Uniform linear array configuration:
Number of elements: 12
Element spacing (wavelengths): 0.25
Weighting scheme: uniform
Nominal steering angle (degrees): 30
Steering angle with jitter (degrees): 28.747
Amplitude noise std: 0.05
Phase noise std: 0.05

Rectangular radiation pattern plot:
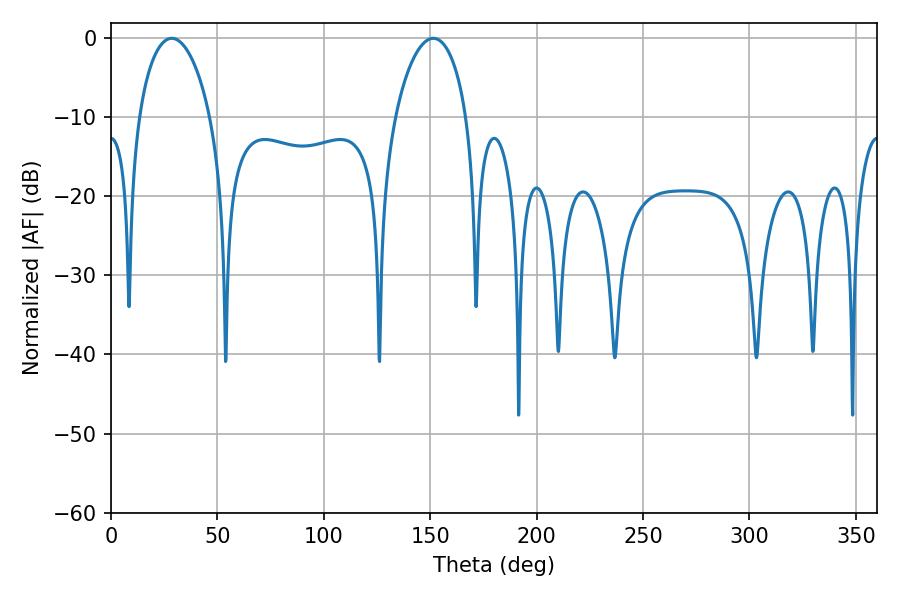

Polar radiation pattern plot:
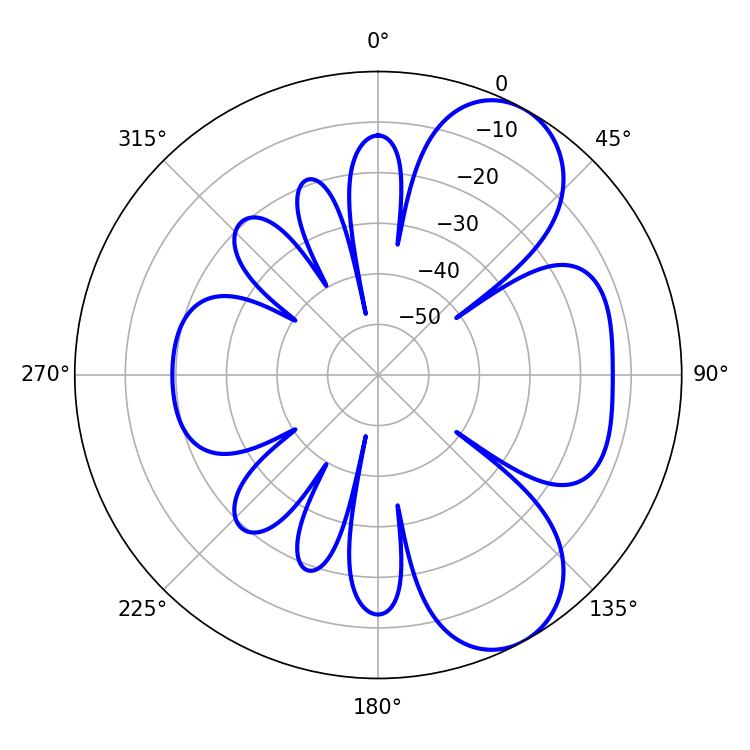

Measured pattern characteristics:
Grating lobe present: FALSE
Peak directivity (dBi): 7.321
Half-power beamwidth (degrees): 19.08
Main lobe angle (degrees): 28.62